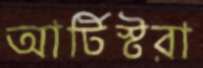
আর্টিস্টরা